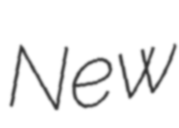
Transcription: New